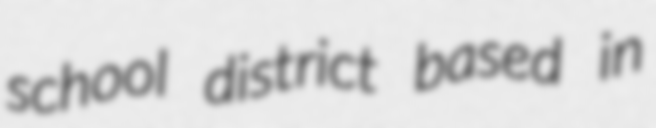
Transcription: school district based in